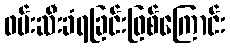
ဖမ်းဆီးခံရခြင်းဖြစ်ကြောင်း